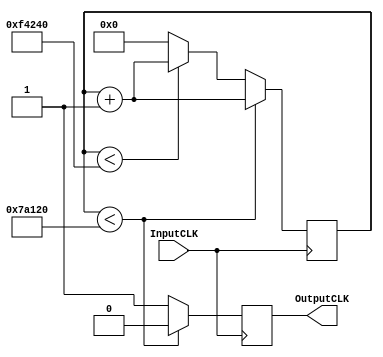
module FrequencyGenerator #(

	parameter MasterFrequency=100000000,
	parameter frequency=100, 
	parameter bitsNumber=20)(
	input  wire InputCLK,
	output reg OutputCLK	
	);
	//Declaracion de registros
	localparam limit=(MasterFrequency/frequency);   //Valor maximo del contador
	reg [bitsNumber-1:0] counter;			   		//Registro del contador
	
	
	
	//Valores iniciales
	initial begin counter=0; OutputCLK=0; end 

	//Procedimiento Secuencial 
	always@(posedge InputCLK) begin
		if(counter<limit/2)begin
			counter<=counter+1;
			OutputCLK<=0;			
		end else if(counter<limit) begin
			counter<=counter+1;
			OutputCLK<=1;			
		end	else begin
			counter<=0;
			OutputCLK<=1;			
		end	
	end	


endmodule